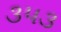
૩૫૩